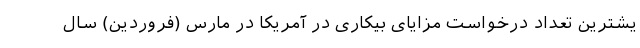
یشترین تعداد درخواست مزایای بیکاری در آمریکا در مارس (فروردین) سال